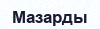
Мазарды